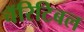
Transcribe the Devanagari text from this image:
चॅरिटिबल